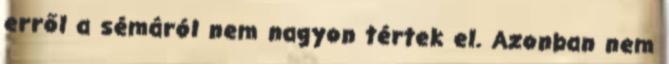
erről a sémáról nem nagyon tértek el. Azonban nem